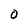
Character: 0